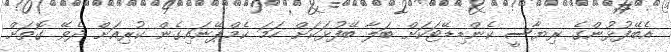
އެބޭފުޅުންގެ ރިޔާސީ ކެންޑިޑޭޓަކަށް ބަލާ ބޭފުޅަކަށް ހަމަ ކެމްޕޭނައިގެން ކުރިއަށް ދެވޭ ގޮތަށް